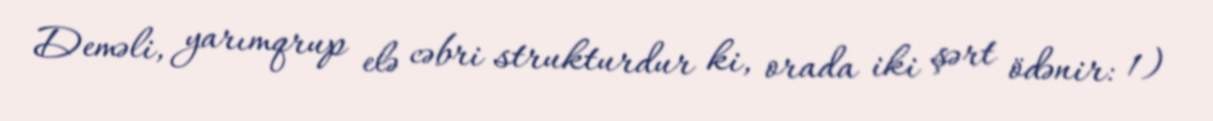
Deməli, yarımqrup elə cəbri strukturdur ki, orada iki şərt ödənir: 1)